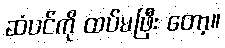
ဆံပင်ကို ထပ်မဖြီး တော့။